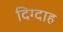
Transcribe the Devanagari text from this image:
दिग्दाह